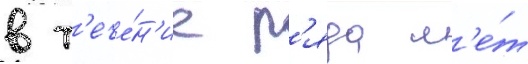
в т'ече́н'ие р'яда л'е́т